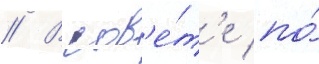
// В сов'е́т'е по́